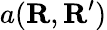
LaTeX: a(\mathbf{R},\mathbf{R}^{\prime})